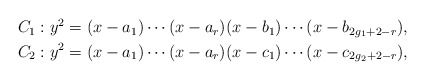
\begin{align*}\begin{aligned} C_1&: y^2 = (x-a_1)\cdots(x-a_r)(x-b_1) \cdots (x-b_{2g_1+2-r}),\\ C_2&: y^2 = (x-a_1)\cdots(x-a_r)(x-c_1) \cdots (x-c_{2g_2+2-r}),\end{aligned}\end{align*}